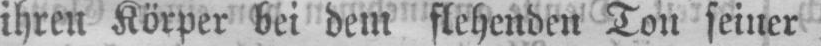
ihren Körper bei dem flehenden Ton seiner